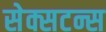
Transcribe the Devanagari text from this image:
सेक्सटन्स